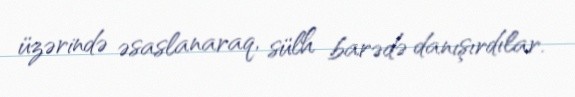
üzərində əsaslanaraq, sülh barədə danışırdılar.